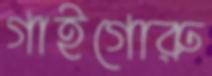
গাইগোরু